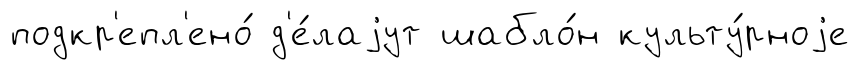
подкр'епл'ено́ д'е́лаjут шабло́н культу́рноjе